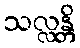
သလ္လန္တိ